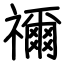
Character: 禰